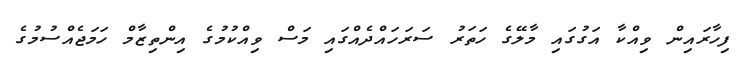
ފިހާރައިން ވިއްކާ އަގުގައި މާލޭގެ ހަތަރު ސަރަހައްދެއްގައި މަސް ވިއްކުމުގެ އިންތިޒާމް ހަމަޖެއްސުމުގެ